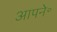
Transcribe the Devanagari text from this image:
आपने॰